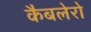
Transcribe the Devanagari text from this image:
कैबलेरो